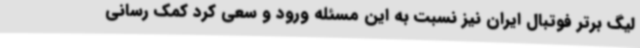
لیگ برتر فوتبال ایران نیز نسبت به این مسئله ورود و سعی کرد کمک رسانی